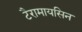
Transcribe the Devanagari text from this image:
टैरामायसिन